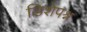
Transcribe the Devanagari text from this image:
डिशेपश्न